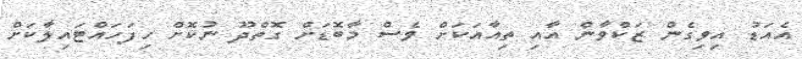
އެއަޑު އިވިގެން ޒަކްވާން އާއި ތިއާއަކަށް ވެސް މާބޮޑަށް ގޮތްދޫ ނުކޮށް ހިފަހައްޓައިލާކަށް